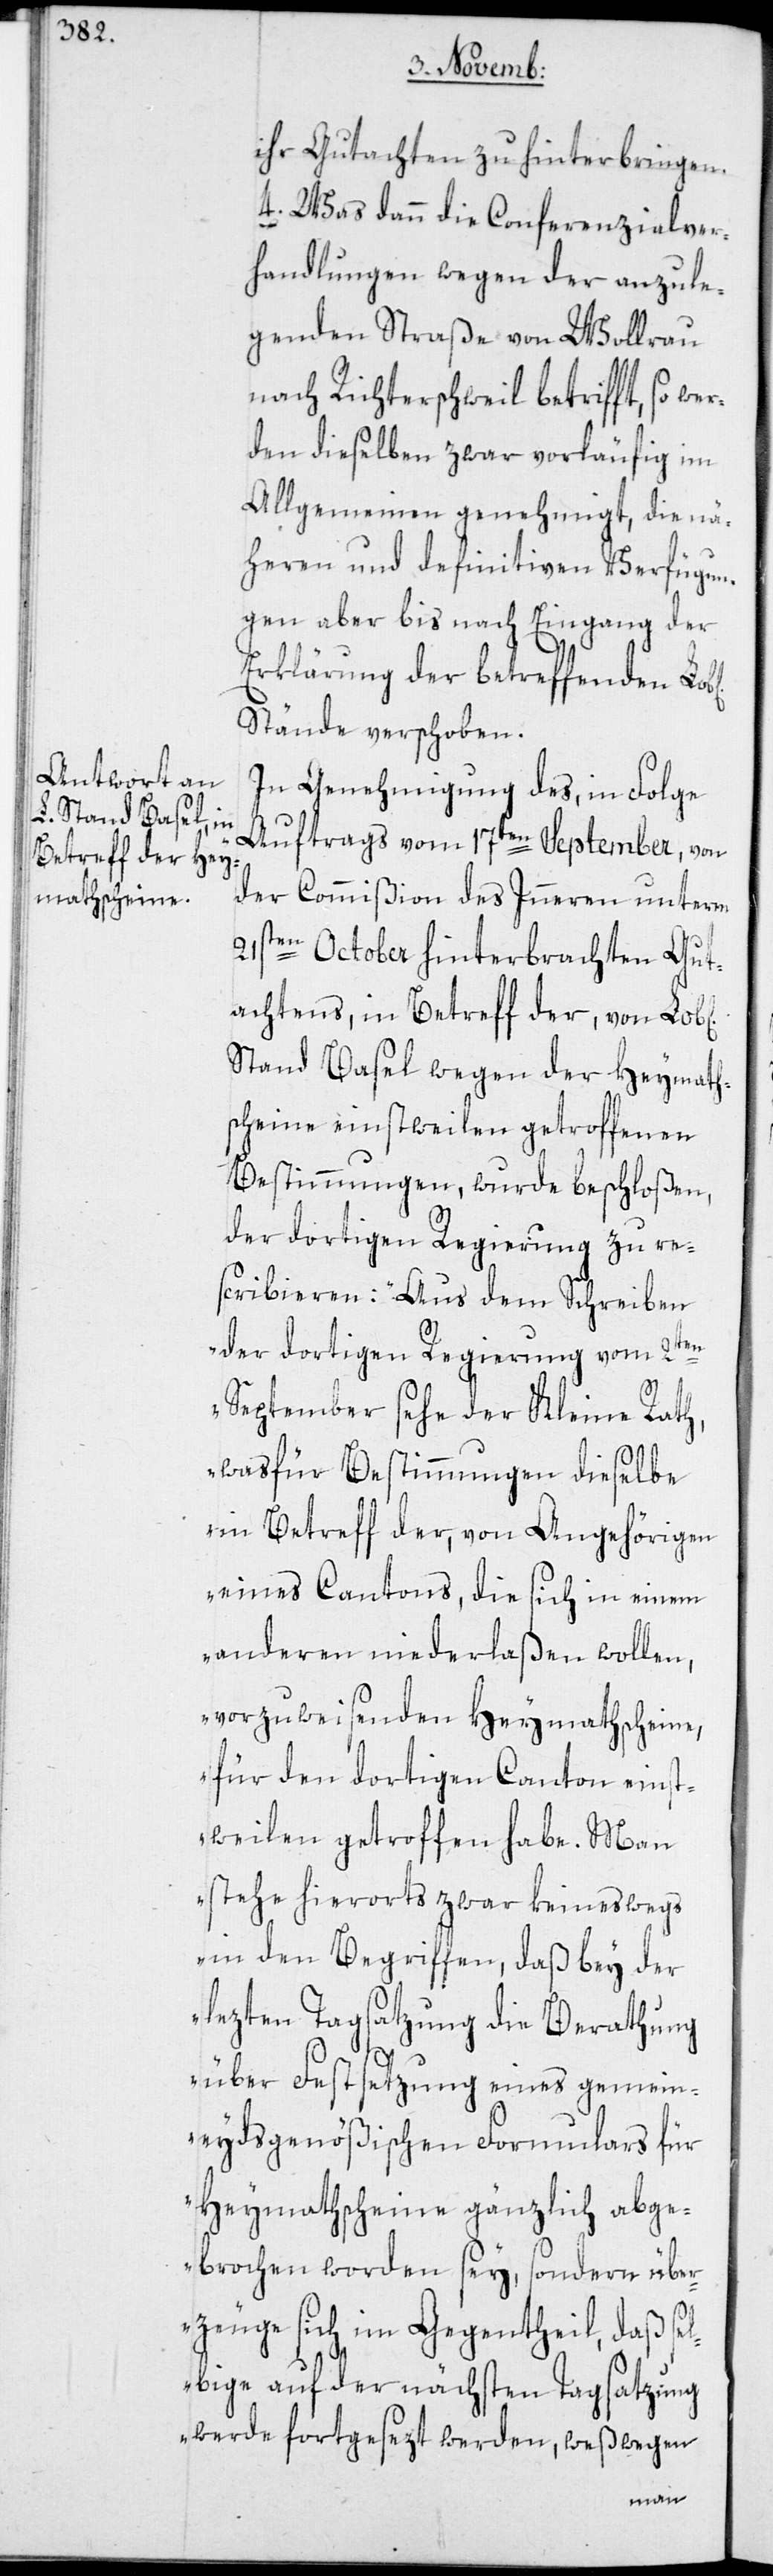
ihr Gutachten zu hinterbringen.
4. Was dann die Conferenzialver¬
handlungen wegen der anzule¬
genden Straße von Wollrau
nach Richterschweil betrifft, so we¬
rden dieselben zwar vorläufig im
Allgemeinen genehmigt, die nä¬
heren und definitiven Verfügun¬
gen aber bis nach Eingang der
Erklärung der betreffenden
Stände verschoben.
In Genehmigung des, in Folge
Auftrags vom 17ten September, von
der Commißion des Inneren unterm
21sten October hinterbrachten Gut¬
achtens, in Betreff der, von Lob[li¬
Stand Basel wegen der Heymaths¬
cheine einstweilen getroffenen
Bestimmungen, wurde beschloßen,
der dortigen Regierung zu re¬
scribieren: „Aus dem Schreiben
2ten
der dortigen Regierung vom
September sehe der Kleine Rath,
was für Bestimmungen dieselbe
in Betreff der, von Angehörigen
eines Cantons, die sich in einem
anderen niederlaßen wollen,
vorzuweisenden Heymathscheine,
für den dortigen Canton einst¬
weilen getroffen habe. Man
stehe hierorts zwar keineswegs
in den Begriffen, daß bey der
lezten Tagsatzung die Berathung
über Festsetzung eines gemein¬
eydsgenößischen Formulars für
Heymathscheine gänzlich abge¬
brochen worden sey, sondern über¬
zeuge sich im Gegentheil, daß
werde fortgesezt werden, weßwegen